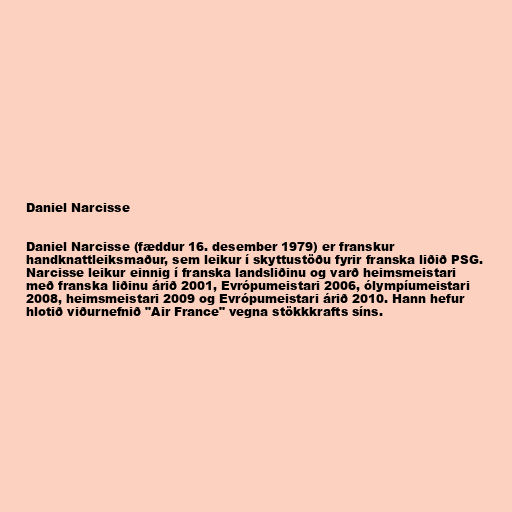
Daniel Narcisse

Daniel Narcisse (fæddur 16. desember 1979) er franskur
handknattleiksmaður, sem leikur í skyttustöðu fyrir franska liðið PSG.
Narcisse leikur einnig í franska landsliðinu og varð heimsmeistari
með franska liðinu árið 2001, Evrópumeistari 2006, ólympíumeistari
2008, heimsmeistari 2009 og Evrópumeistari árið 2010. Hann hefur
hlotið viðurnefnið "Air France" vegna stökkkrafts síns.